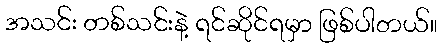
အသင်း တစ်သင်းနဲ့ ရင်ဆိုင်ရမှာ ဖြစ်ပါတယ်။